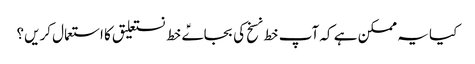
کیا یہ ممکن ہے کہ آپ خط نسخ کی بجاےؑ خط نستعلیق کا استعمال کریں؟